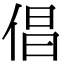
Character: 倡